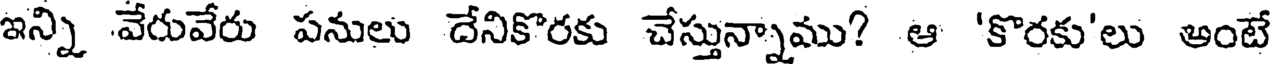
ఇన్ని వేరువేరు పనులు దేనికొరకు చేస్తున్నాము? ఆ 'కొరకు'లు అంటే